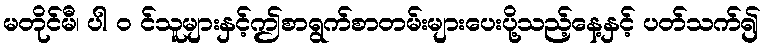
မတိုင်မီ၊ ပါ ၀ င်သူများနှင့်ဤစာရွက်စာတမ်းများပေးပို့သည့်နေ့နှင့် ပတ်သက်၍